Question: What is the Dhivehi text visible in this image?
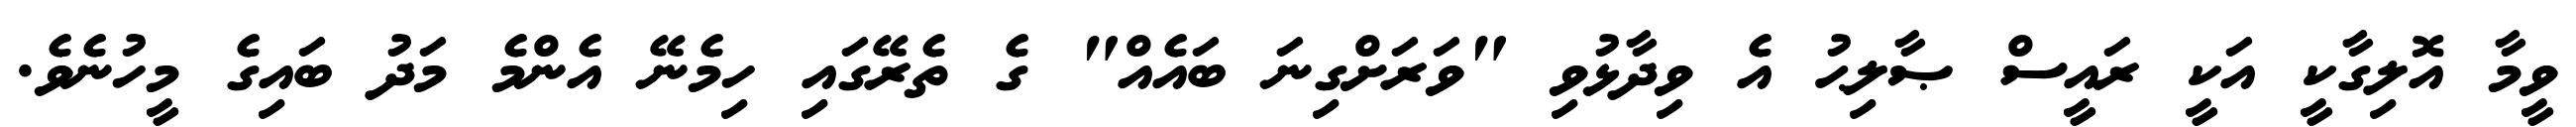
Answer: ވީމާ އޮލިގާކީ އަކީ ރައީސް ޞާލިޙު އެ ވިދާޅުވި "ވަރަށްގިނަ ބައެއް" ގެ ތެރޭގައި ހިމެނޭ އެންމެ މަދު ބައިގެ މީހުނެވެ.